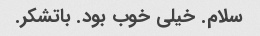
سلام. خیلی خوب بود. باتشکر.